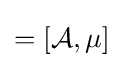
=\left[{\mathcal {A}},\mu \right]